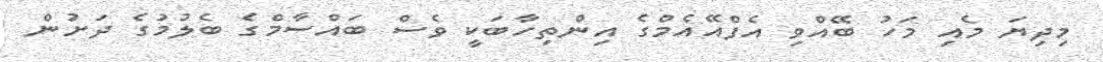
މިދިޔަ މެއި މަހު ބޭއްވި އެފްއޭއެމްގެ އިންތިހާބަކީ ވެސް ބައްސާމްގެ ބެލުމުގެ ދަށުން